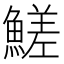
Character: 䱹